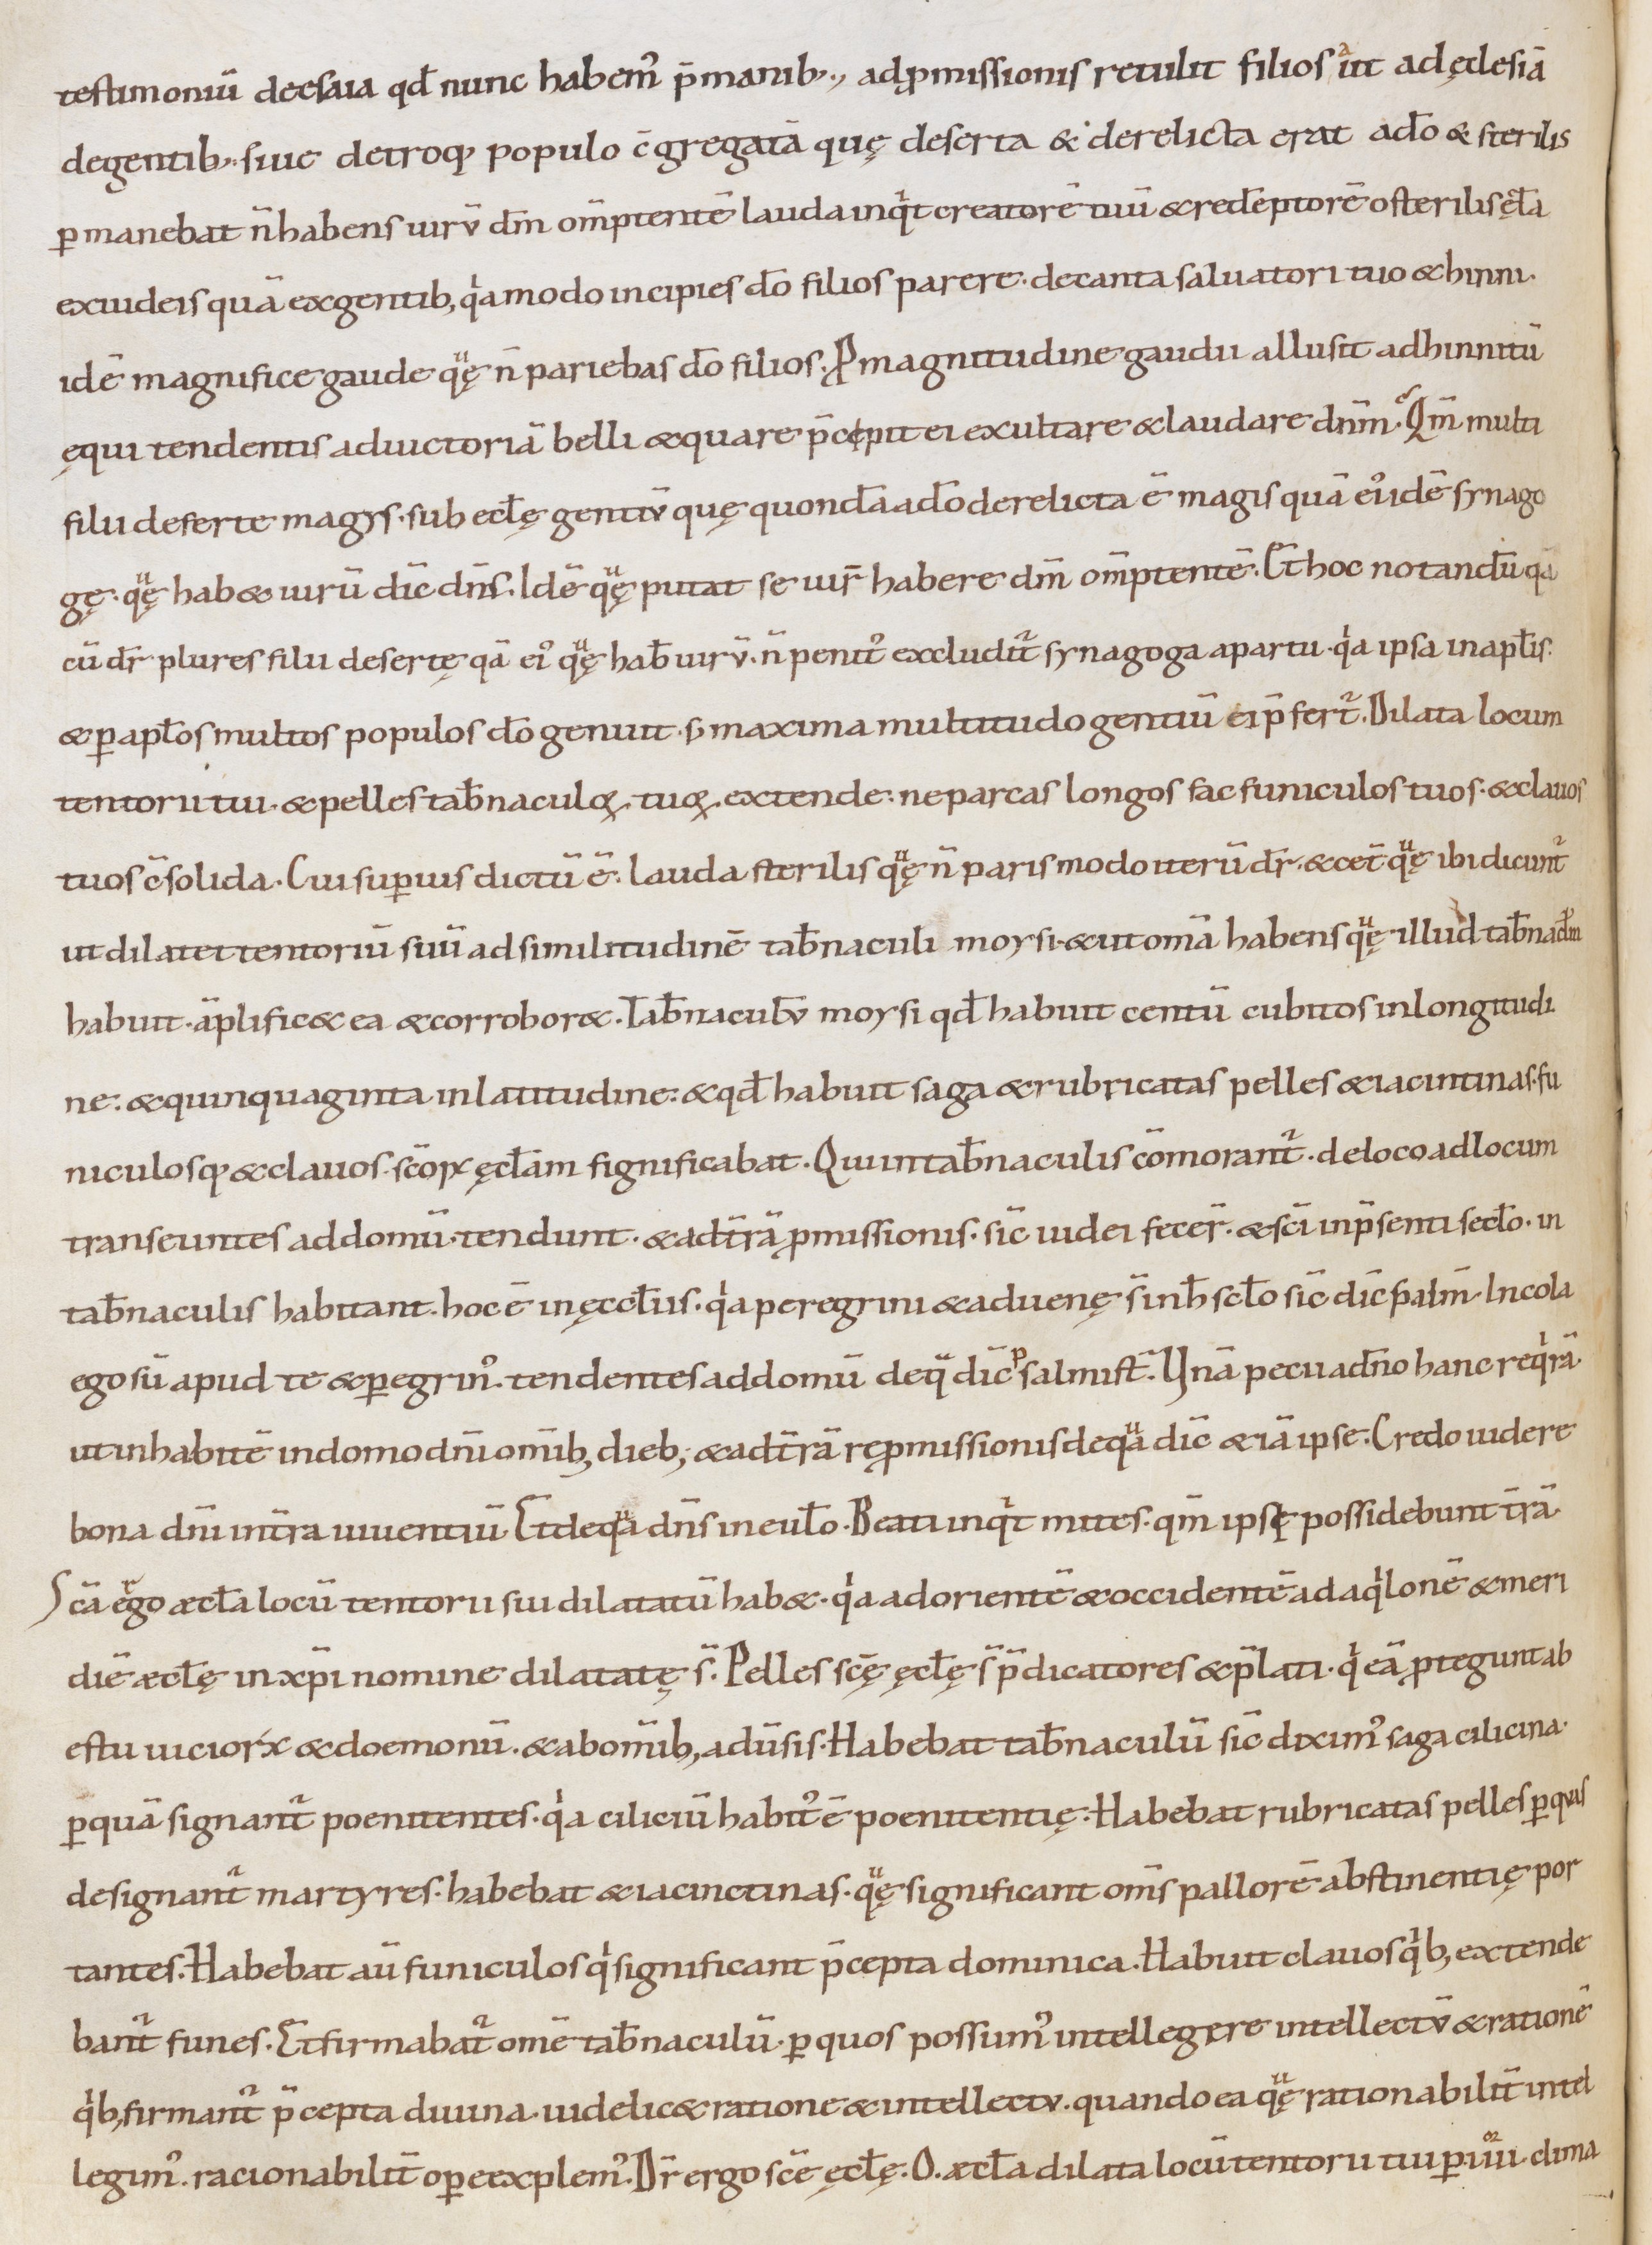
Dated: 1000–1099